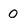
Character: 0